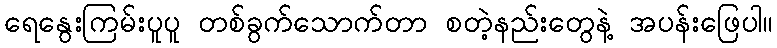
ရေနွေးကြမ်းပူပူ တစ်ခွက်သောက်တာ စတဲ့နည်းတွေနဲ့ အပန်းဖြေပါ။